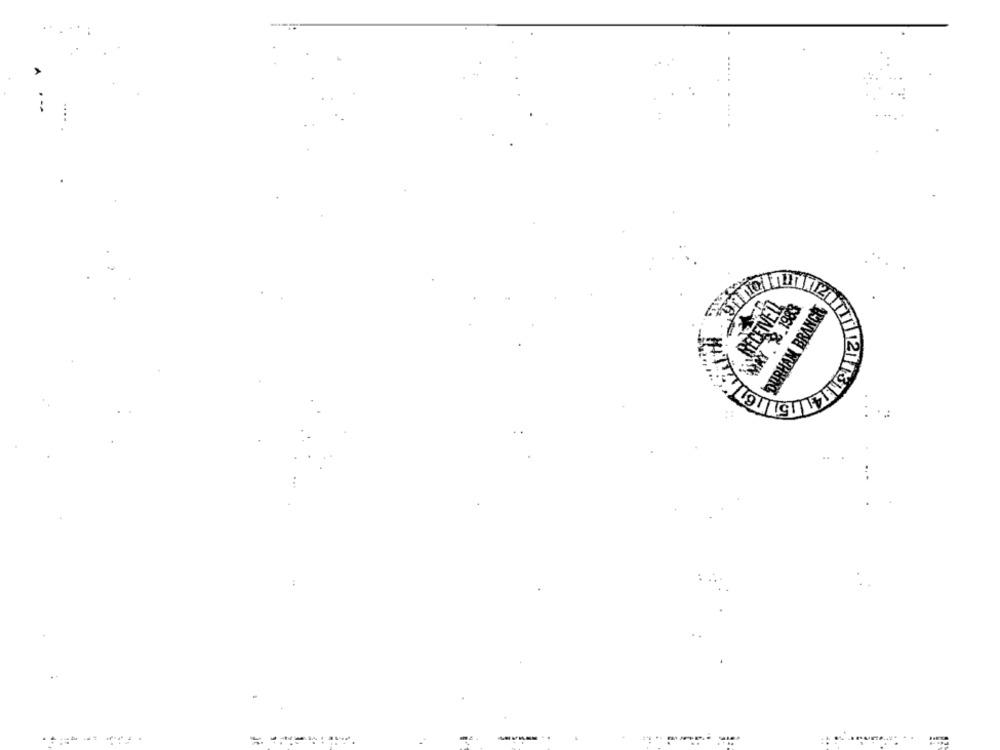
...
RECEIVED
MAY 2.1983
DURHAM BRANCH